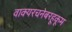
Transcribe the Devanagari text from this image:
वाक्यरचनेबरहूकूम